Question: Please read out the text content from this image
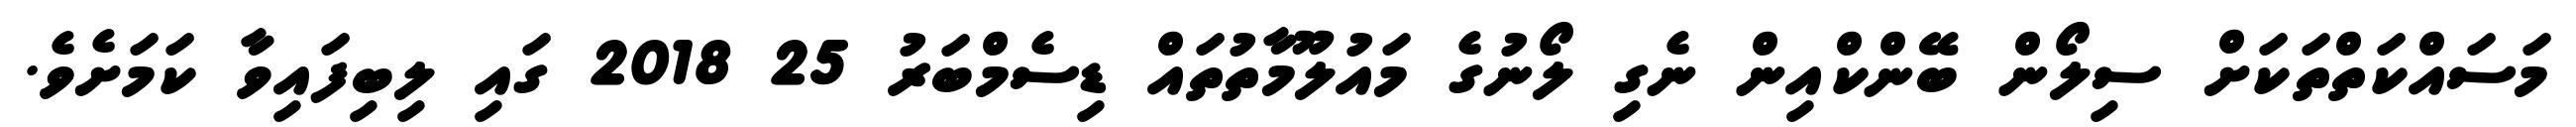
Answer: މަސައްކަތްތަކަށް ސިލޯން ބޭންކްއިން ނެގި ލޯނުގެ މައުލޫމާތުތައް ޑިސެމްބަރު 25 2018 ގައި ލިބިފައިވާ ކަމަށެވެ.